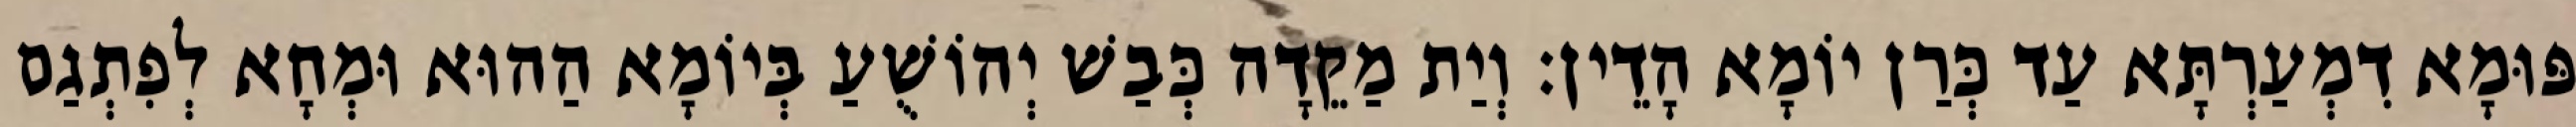
פּוּמָא דִמְעַרְתָּא עַד כְּרַן יוֹמָא הָדֵין׃ וְיַת מַקֵדָה כְּבַשׁ יְהוֹשֻׁעַ בְּיוֹמָא הַהוּא וּמְחָא לְפִתְגַם